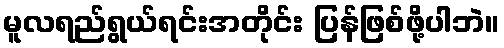
မူလရည်ရွယ်ရင်းအတိုင်း ပြန်ဖြစ်ဖို့ပါဘဲ။